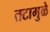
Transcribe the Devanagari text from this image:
तटामुळे